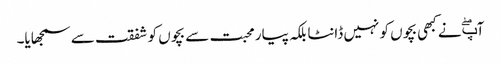
آپۖ نے کبھی بچوں کو نہیں ڈانٹا بلکہ پیار محبت سے بچوں کو شفقت سے سمجھایا۔